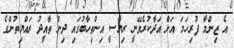
އެ ޒިންމާ ފުރިހަމަ އަށް އަދާކުރެވޭނީ ރިޔާސީ އިންތިހާބުގައި ދިން ތާއީދު ރައްޔިތުންގެ